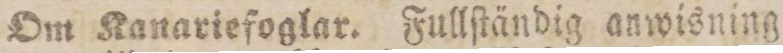
Om Kanariefoglar. Fullſtändig anwisning